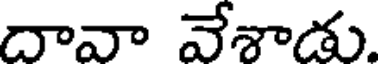
దావా వేశాడు.